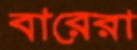
বারেরা